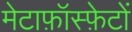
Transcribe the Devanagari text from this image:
मेटाफ़ॉस्फ़ेटों